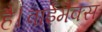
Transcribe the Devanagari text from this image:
है।वाईमैक्स